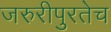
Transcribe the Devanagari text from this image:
जरुरीपुरतेच